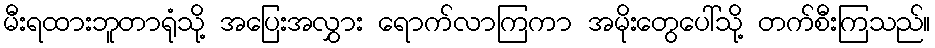
မီးရထားဘူတာရုံသို့ အပြေးအလွှား ရောက်လာကြကာ အမိုးတွေပေါ်သို့ တက်စီးကြသည်။